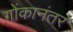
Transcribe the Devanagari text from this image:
गोंकानंतर